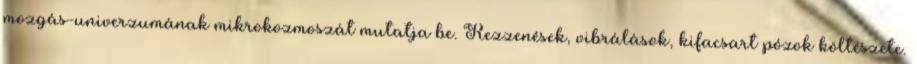
mozgás-univerzumának mikrokozmoszát mutatja be. Rezzenések, vibrálások, kifacsart pózok költészete.